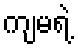
ကျမရဲ့